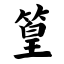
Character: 篁